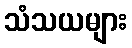
သံသယများ